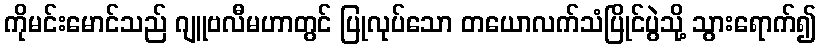
ကိုမင်းမောင်သည် ဂျူဗလီမဟာတွင် ပြုလုပ်သော တယောလက်သံပြိုင်ပွဲသို့ သွားရောက်၍